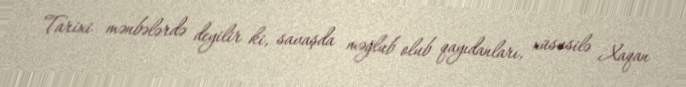
Tarixi mənbələrdə deyilir ki, savaşda məğlub olub qayıdanları, xüsusilə Xaqan